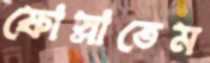
ফোস্‌লাতেম